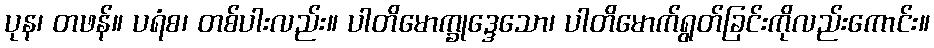
ပုန၊ တဖန်။ ပရံစ၊ တစ်ပါးလည်း။ ပါတိမောက္ခုဒ္ဒေသော၊ ပါတိမောက်ရွတ်ခြင်းကိုလည်းကောင်း။